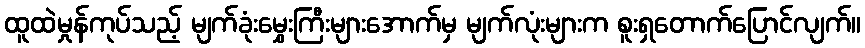
ထူထဲမှုန်ကုပ်သည့် မျက်ခုံးမွှေးကြီးများအောက်မှ မျက်လုံးများက စူးရှတောက်ပြောင်လျက်။